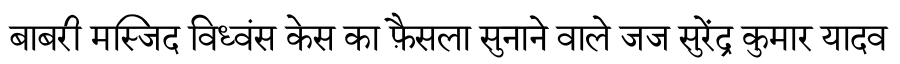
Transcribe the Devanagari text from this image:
बाबरी मस्जिद विध्वंस केस का फ़ैसला सुनाने वाले जज सुरेंद्र कुमार यादव